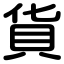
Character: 貨